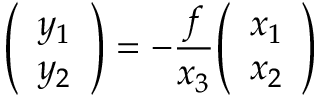
{ \left( \begin{array} { l } { y _ { 1 } } \\ { y _ { 2 } } \end{array} \right) } = - { \frac { f } { x _ { 3 } } } { \left( \begin{array} { l } { x _ { 1 } } \\ { x _ { 2 } } \end{array} \right) }